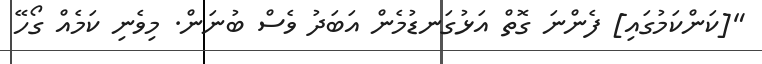
"[ކަންކަމުގައި] ފެންނަ ގޮތް އަޅުގަނޑުމެން އަބަދު ވެސް ބުނަން. މިވެނި ކަމެއް ގޯހޭ